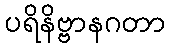
ပရိနိဗ္ဗာနဂတာ